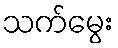
သက်မွေး